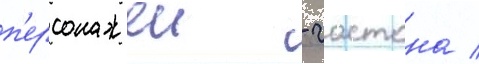
п'ерсонажеи - гастона /